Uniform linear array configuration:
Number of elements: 8
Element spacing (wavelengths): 0.5
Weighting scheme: binomial
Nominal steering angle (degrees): -15
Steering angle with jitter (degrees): -16.959
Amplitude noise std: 0.05
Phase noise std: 0.05

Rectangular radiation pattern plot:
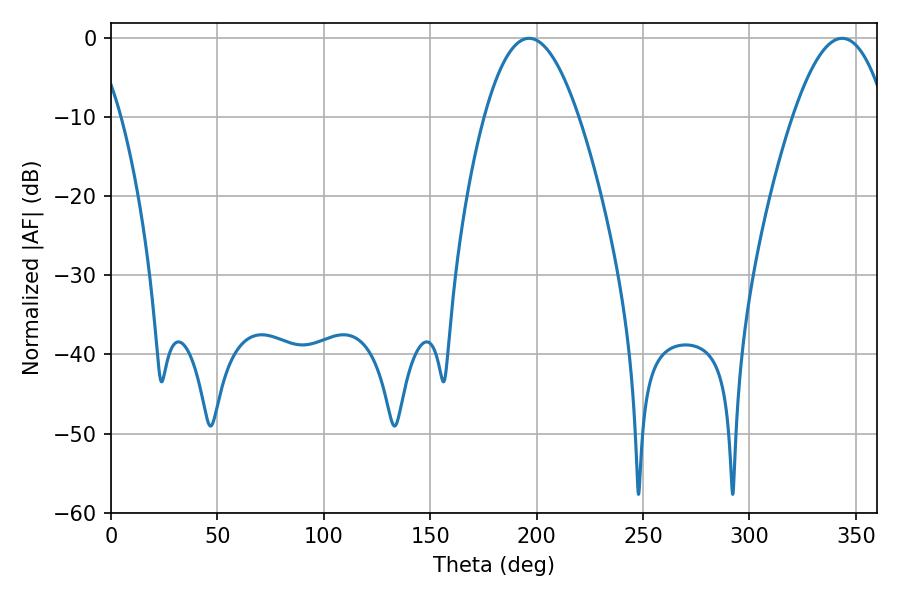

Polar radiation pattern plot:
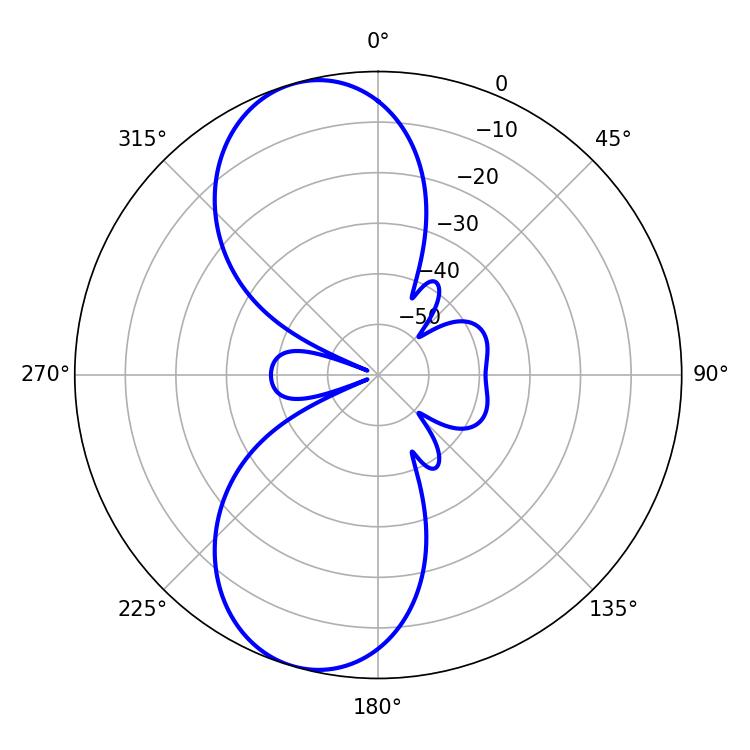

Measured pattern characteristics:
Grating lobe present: FALSE
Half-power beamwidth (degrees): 24.3
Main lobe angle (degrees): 196.38